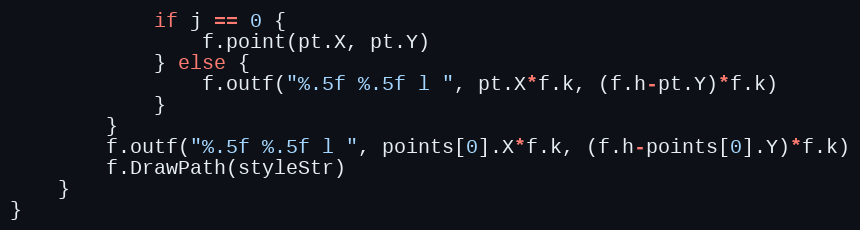
Language: Go
			if j == 0 {
				f.point(pt.X, pt.Y)
			} else {
				f.outf("%.5f %.5f l ", pt.X*f.k, (f.h-pt.Y)*f.k)
			}
		}
		f.outf("%.5f %.5f l ", points[0].X*f.k, (f.h-points[0].Y)*f.k)
		f.DrawPath(styleStr)
	}
}